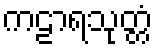
ကဠာရသုတ္တံ